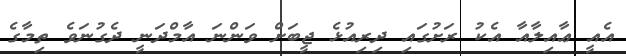
އެއީ ޢާއިލާއާ އެކު ރަށުގައި ދިރިއުޅެ ޖީބަށް ވަންނަ އާމްދަނީ ދެގުނަވެ ތިމާގެ